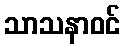
သာသနာဝင်